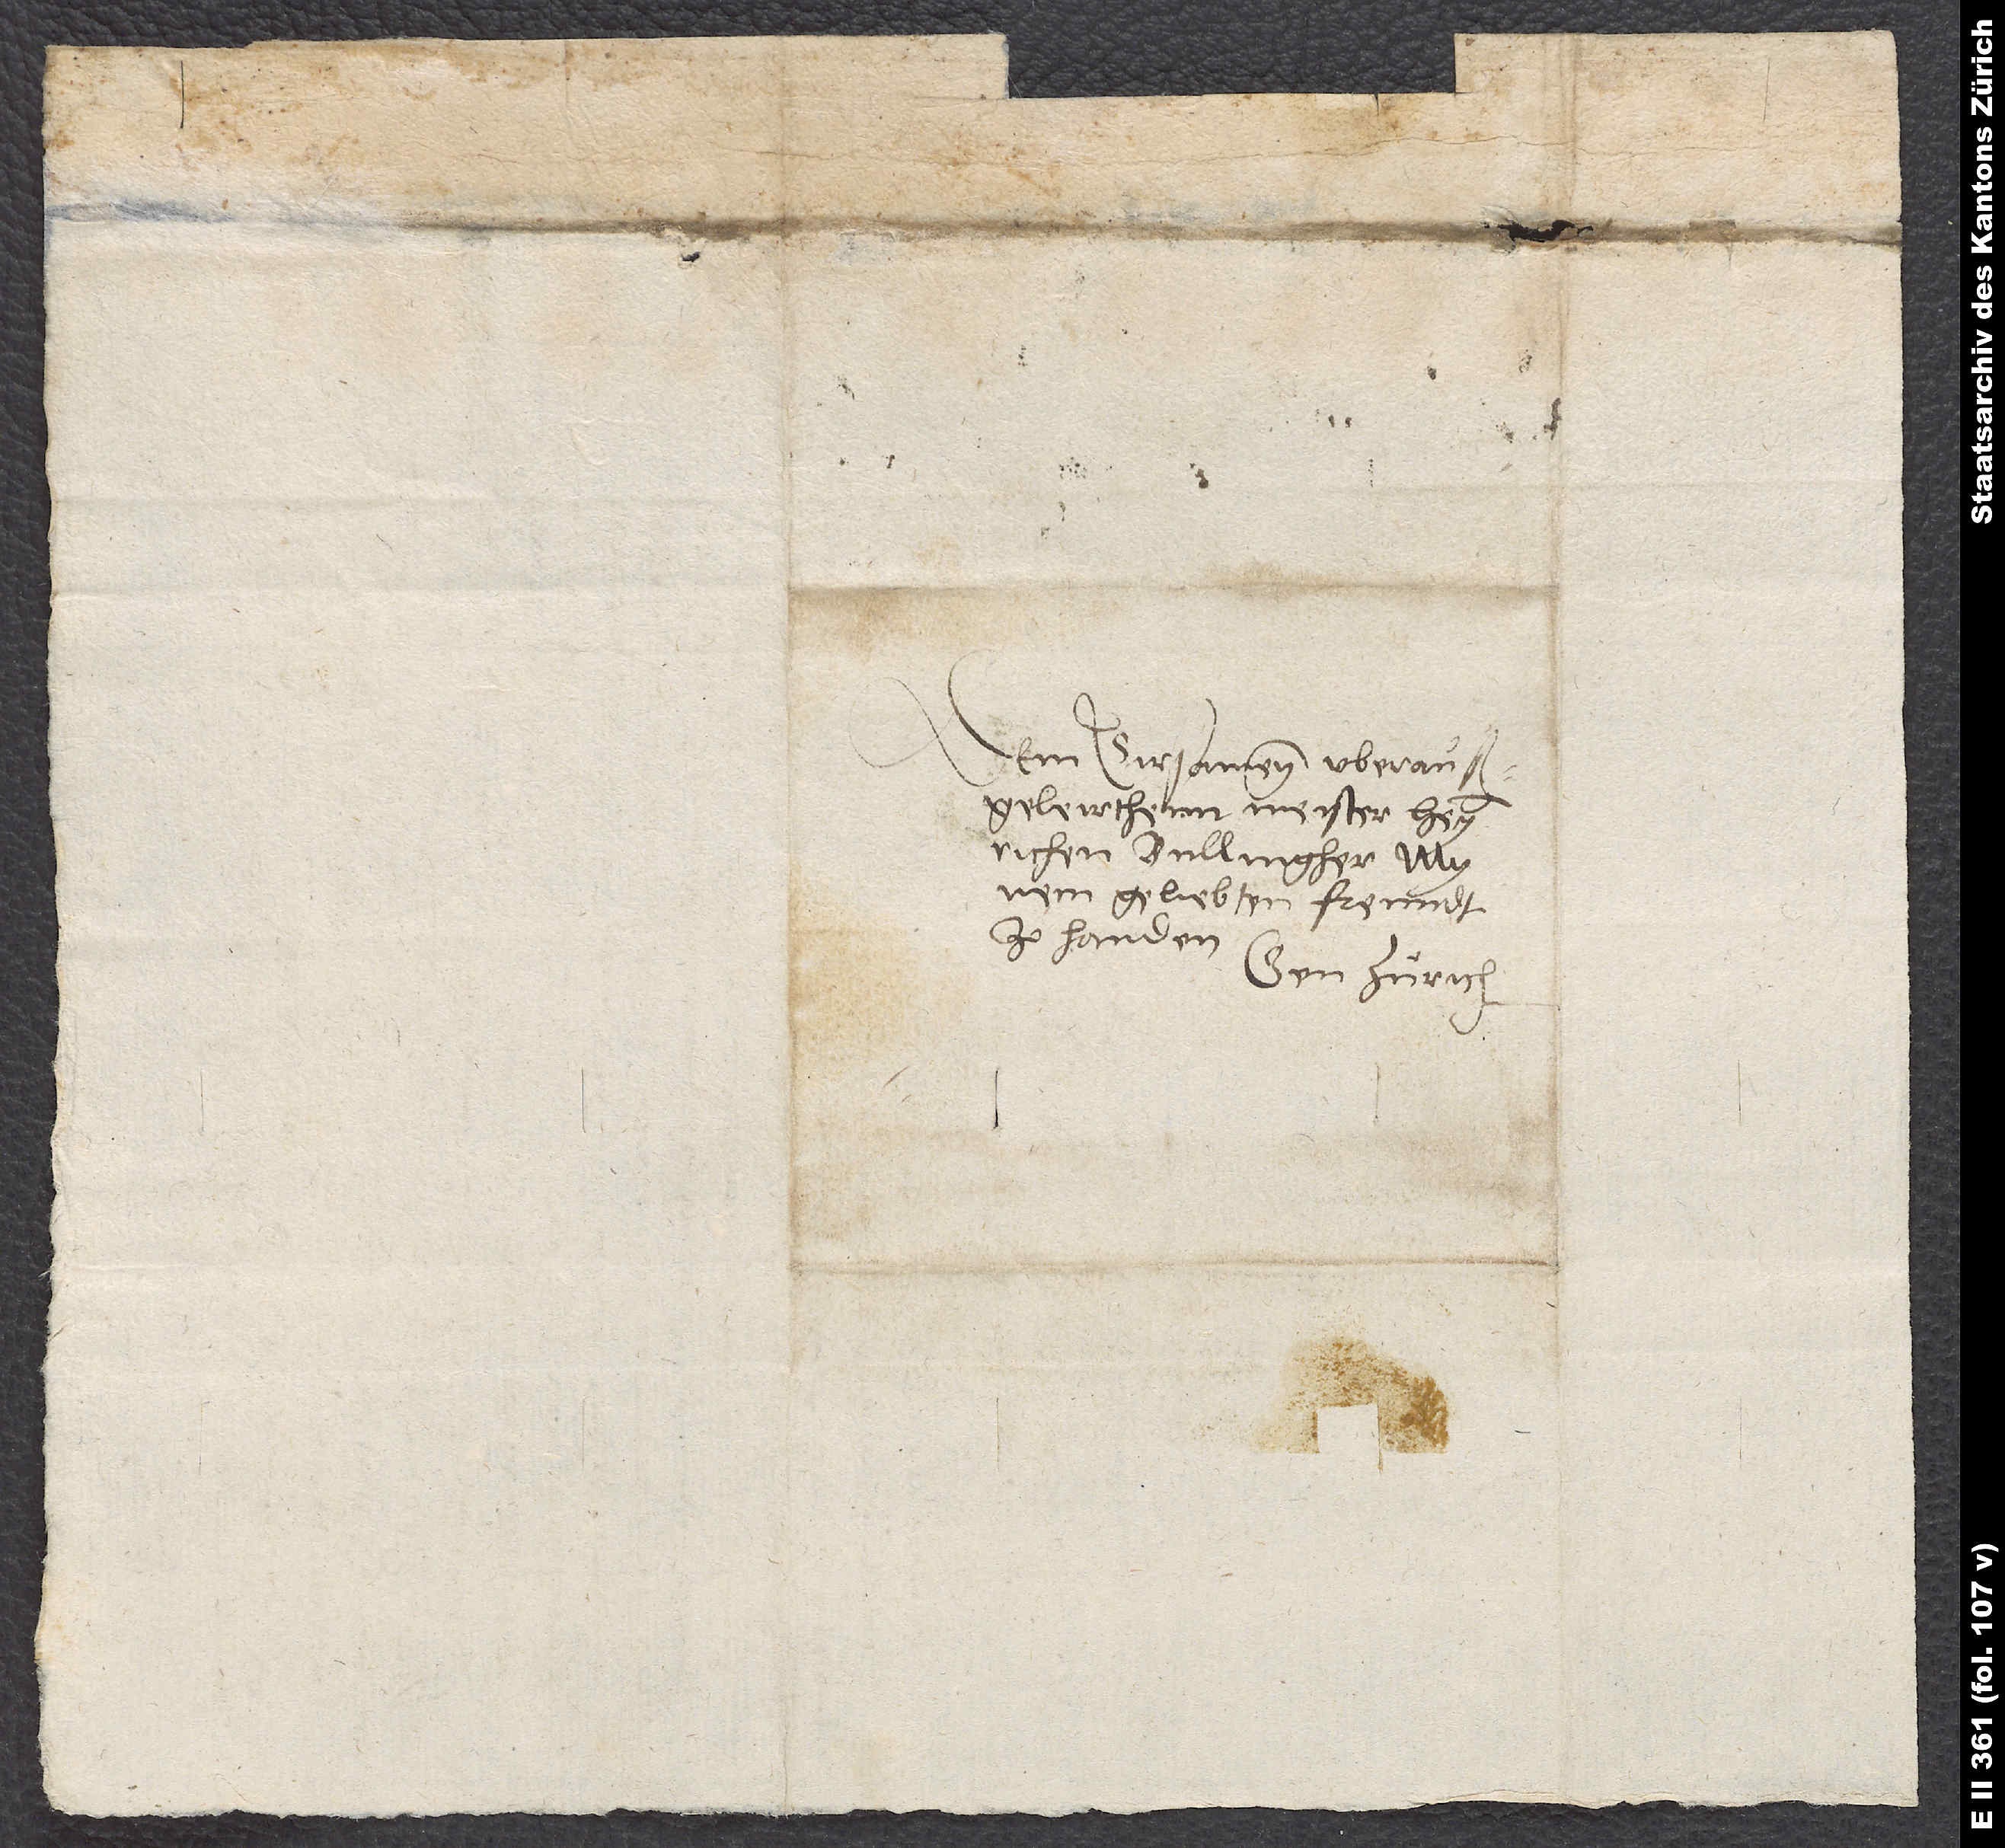
Dem ersamenn, uberauß
geleirthenn Meister Heynrichen
Bullingher, mynem
geliebten freundt,
zo handen.
Gen Zürich.